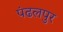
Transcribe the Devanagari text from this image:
पंढलपुर